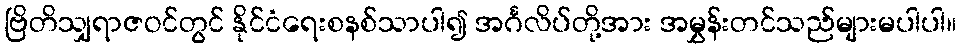
ဗြိတိသျှရာဇဝင်တွင် နိုင်ငံရေးစနစ်သာပါ၍ အင်္ဂလိပ်တို့အား အမွှန်းတင်သည်များမပါပါ။